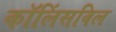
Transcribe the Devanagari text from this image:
कॉलिंसविल